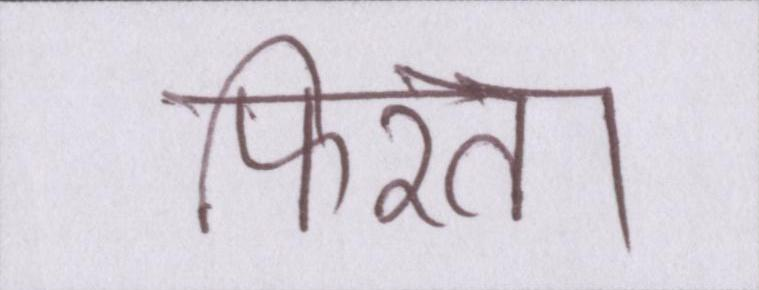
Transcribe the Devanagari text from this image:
फिरता